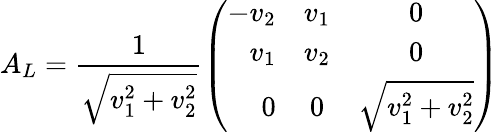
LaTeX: A_{L}=\frac{1}{\sqrt{v_{1}^{2}+v_{2}^{2}}}\left(\begin{array}{rcc}{{-v_{2}}}&{{v_{1}}}&{{0}}\\ {{v_{1}}}&{{v_{2}}}&{{0}}\\ {{0}}&{{0}}&{{\sqrt{v_{1}^{2}+v_{2}^{2}}}}\end{array}\right)